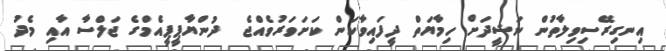
އިނގިރޭސިވިލާތުން ނަޝީދަށް ހިމާޔަތް ދީފައިވާކަން ކަށަވަރުވެއްޖެ  ދުންޔާޕީޕީއެމްގެ ޖަލްސާ އާއި މެދު